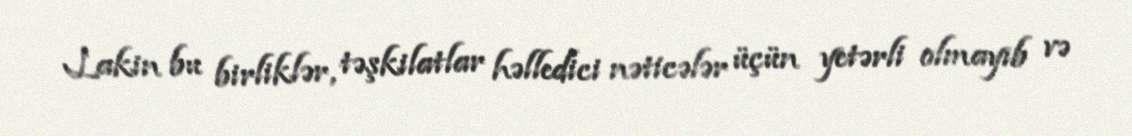
Lakin bu birliklər, təşkilatlar həlledici nəticələr üçün yetərli olmayıb və